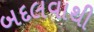
બદલવાથી